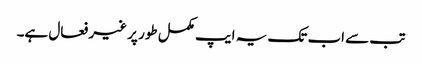
تب سے اب تک یہ ایپ مکمل طور پر غیر فعال ہے۔